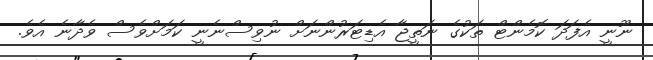
ނޫނީ އެފަދަ ކޮމެންޓް ތަކުގެ ނަތީޖާ އެޑިޓަރުންނަށް ނުވިސްނެނީ ކަމަށްވެސް ވެދާނެ އެވެ.